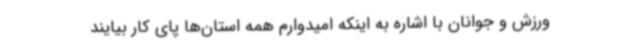
ورزش و جوانان با اشاره به اینکه امیدوارم همه استان‌ها پای کار بیایند